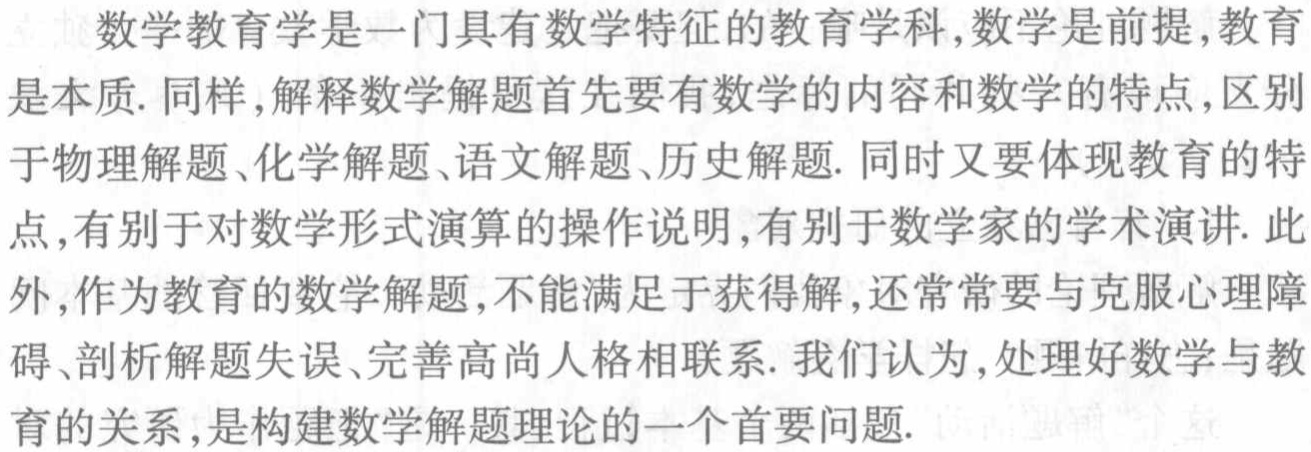
数学教育学是一门具有数学特征的教育学科,数学是前提,教育是本质. 同样,解释数学解题首先要有数学的内容和数学的特点,区别于物理解题、化学解题、语文解题、历史解题. 同时又要体现教育的特点,有别于对数学形式演算的操作说明,有别于数学家的学术演讲. 此外,作为教育的数学解题,不能满足于获得解,还常常要与克服心理障碍、剖析解题失误、完善高尚人格相联系. 我们认为,处理好数学与教育的关系,是构建数学解题理论的一个首要问题.